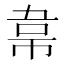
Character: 𮧮